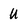
Character: U